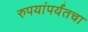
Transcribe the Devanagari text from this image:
रुपयांपर्यंतचा